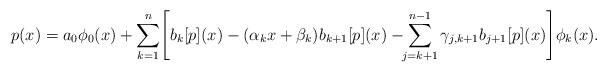
LaTeX: \begin{align*} p(x) = a_0\phi_0(x) + \sum_{k=1}^n \!\left[b_k[p](x) - (\alpha_kx+\beta_k)b_{k+1}[p](x) -\!\! \sum_{j=k+1}^{n-1} \gamma_{j,k+1}b_{j+1}[p](x)\right]\!\phi_k(x). \end{align*}